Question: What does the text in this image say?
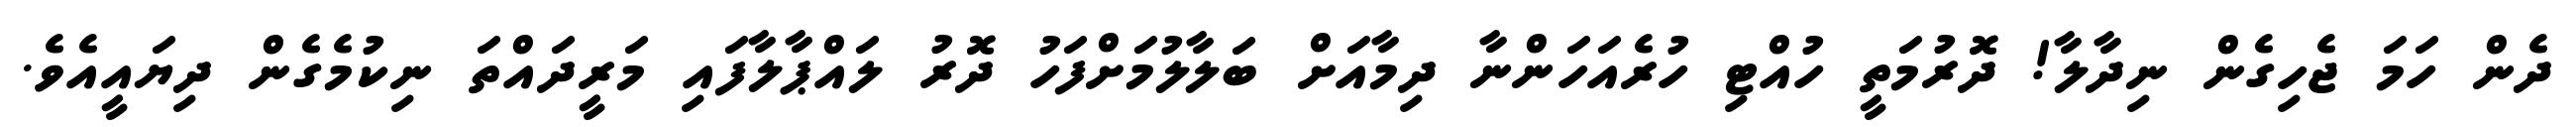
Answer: ދެން ހަމަ ޖެހިގެން ނިދާލާ! ދޮރުމަތީ ހުއްޓި ހުރެއަހަންނާ ދިމާއަށް ބަލާލުމަށްފަހު ދޮރު ލައްޕާލާފައި މަރީދައްތަ ނިކުމެގެން ދިޔައީއެވެ.